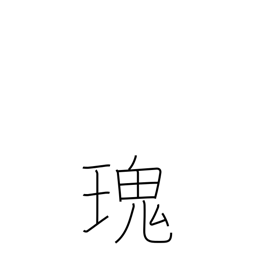
Meaning: strange